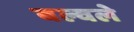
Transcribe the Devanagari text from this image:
बल्वले